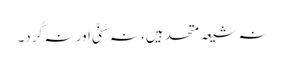
نہ شیعہ متحد ہیں، نہ سُنّی اور نہ کُرد۔